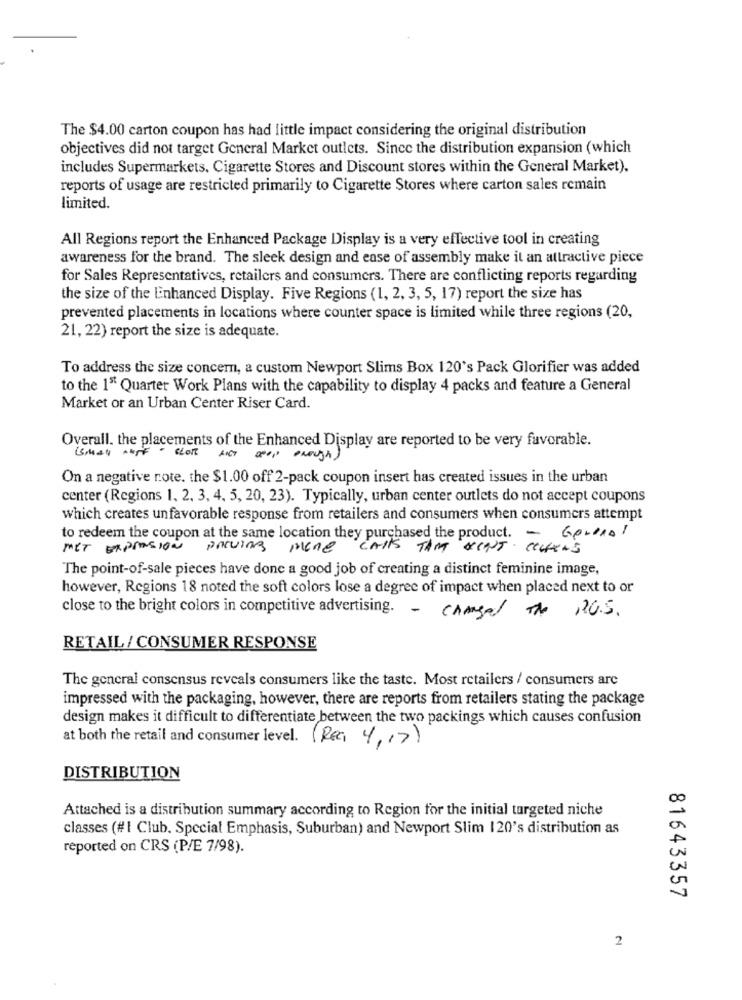
The $4.00 carton coupon has had little impact considering the original distribution
objectives did not target General Market outlets. Since the distribution expansion (which
includes Supermarkets. Cigarette Stores and Discount stores within the General Market).
reports of usage are restricted primarily to Cigarette Stores where carton sales remain
limited.
All Regions report the Enhanced Package Display is a very effective tool in creating
awareness for the brand. The sleek design and ease of assembly make it an attractive piece
for Sales Representatives, retailers and consumers. There are conflicting reports regarding
the size of the Enhanced Display. Five Regions (1, 2, 3, 5, 17) report the size has
prevented placements in locations where counter space is limited while three regions (20,
21, 22) report the size is adequate.
To address the size concem, a custom Newport Slims Box 120's Pack Glorifier was added
to the 1" Quarter Work Plans with the capability to display 4 packs and feature a General
Market or an Urban Center Riser Card.
Overall. the placements of the Enhanced Display are reported to be very favorable.
AT step enough
On a negative note. the $1.00 off 2-pack coupon insert has created issues in the urban
center (Regions 1, 2, 3, 4, 5, 20, 23). Typically, urban center outlets do not accept coupons
which creates unfavorable response from retailers and consumers when consumers attempt
to redeem the coupon at the same location they purchased the product. - Go-Pro!
MET EXPRESIÓN
proving mone
CALLS TAM KLINT. CONFERS
The point-of-sale pieces have done a good job of creating a distinct feminine image,
however, Regions 18 noted the soft colors lose a degree of impact when placed next to or
close to the bright colors in competitive advertising. - changed The 120.5.
RETAIL / CONSUMER RESPONSE
The general consensus reveals consumers like the taste. Most retailers / consumers are
impressed with the packaging, however, there are reports from retailers stating the package
design makes it difficult to differentiate between the two packings which causes confusion
at both the retail and consumer level. (Rea 4,17)
DISTRIBUTION
Attached is a distribution summary according to Region for the initial targeted niche
classes (#1 Club. Special Emphasis, Suburban) and Newport Slim 120's distribution as
reported on CRS (P/E 7/98).
81643357
2